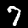
Digit: 7